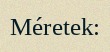
Méretek: